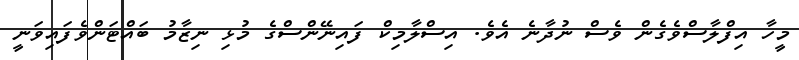
މީހާ އިފްލާސްވެގެން ވެސް ނުދާނެ އެވެ. އިސްލާމިކް ފައިނޭންސްގެ މުޅި ނިޒާމު ބައްޓަންވެފައިވަނީ